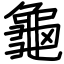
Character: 龜